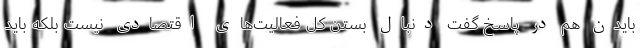
بایدن هم در پاسخ گفت دنبال بستن کل فعالیت‌های اقتصادی نیست بلکه باید